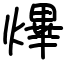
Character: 熚